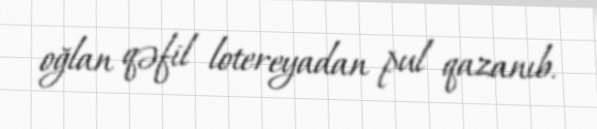
oğlan qəfil lotereyadan pul qazanıb.